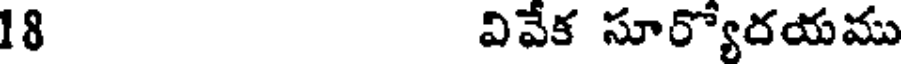
18 వివేక సూర్యోరయము